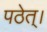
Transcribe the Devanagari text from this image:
पठेत्‌।